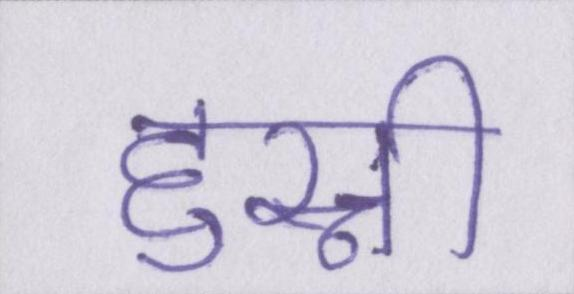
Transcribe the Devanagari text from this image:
हुस्नी